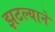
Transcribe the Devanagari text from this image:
झटल्याने